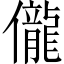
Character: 儱